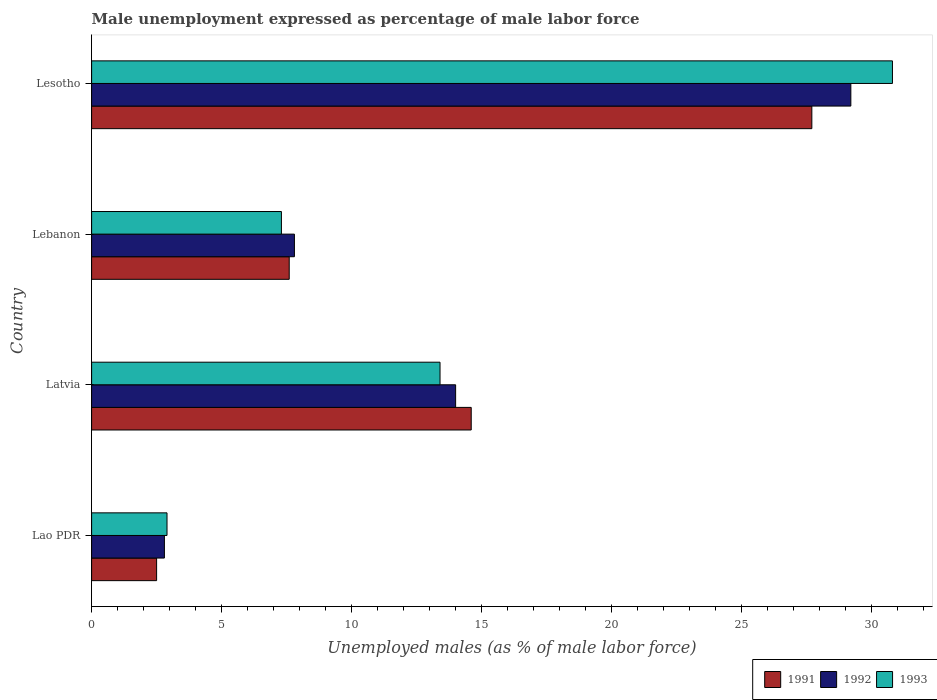
| Country | 1991 | 1992 | 1993 |
 | --- | --- | --- | --- |
 | Lao PDR | 2.5 | 2.8 | 2.9 |
 | Latvia | 14.6 | 14 | 13.4 |
 | Lebanon | 7.6 | 7.8 | 7.3 |
 | Lesotho | 27.7 | 29.2 | 30.8 |